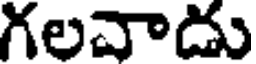
గలవాదు